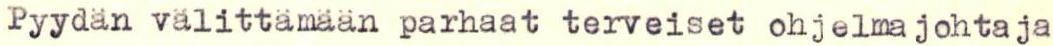
Pyydän välittämään parhaat terveiset ohjelmajohtaja